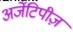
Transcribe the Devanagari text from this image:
अर्जेटिपीज़